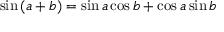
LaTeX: \sin \left( a + b \right) = \sin a \cos b + \cos a \sin b